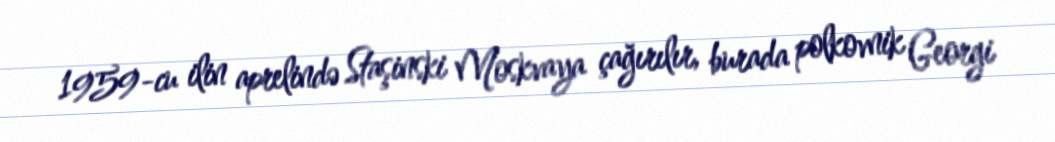
1959-cu ilin aprelində Staşinski Moskvaya çağırılır, burada polkovnik Georgi